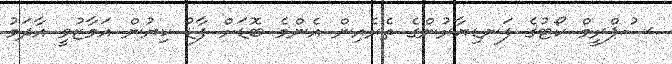
ސުޕްރީމް ކޯޓުގެ ފަނޑިޔާރުންގެ ތެރެއިން އެންމެ ބޮޑަށް ފާޑު ކިޔުން އަމާޒުވީ އާދަމު